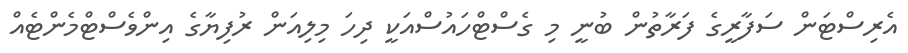
އެރިސްޓަން ސަފާރީގެ ފަރާތުން ބުނީ މި ގެސްޓްހައުސްއަކީ ދިހަ މިލިއަން ރުފިޔާގެ އިންވެސްޓްމެންޓެއް